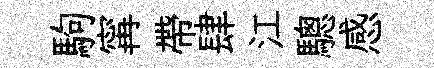
駒𡩋帶肆江驄感